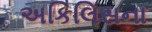
અકિલિસના